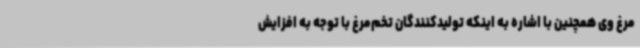
مرغ وی همچنین با اشاره به اینکه تولیدکنندگان تخم‌مرغ با توجه به افزایش